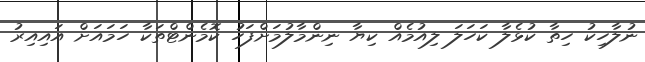
ނުލާހިކު ހިތާ ކުޅެލާ ކަހަލަ ލިއުމެއް ކިޔާ ނިންމާލުމަށްފަހު ކޮމެންޓްތަކާ ހަމައަށް އަައިއިރު